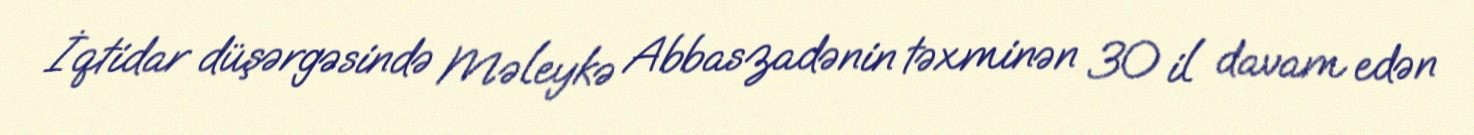
İqtidar düşərgəsində Məleykə Abbaszadənin təxminən 30 il davam edən